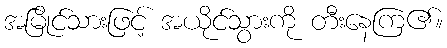
အမြိုင်သားဖြင့် အယိုင်သွားကို တီးနေကြ၏။